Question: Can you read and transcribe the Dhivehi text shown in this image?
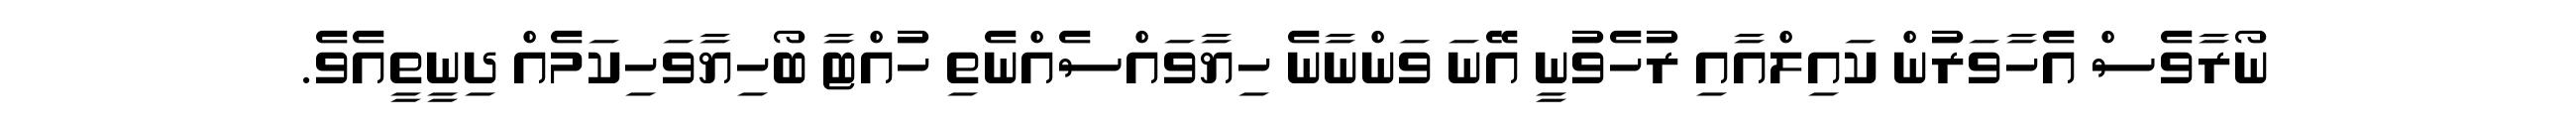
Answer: ނޯރާވެސް އެހާވަރުން ކައިލްއާއި ރުހެވުނީ އޭނަ ވަންނާނެ ހިޔާވައްސެއްނެތި ހުއްޓާ ބޯހިޔާވަހިކަމެއް ދިނީތީއެވެ.